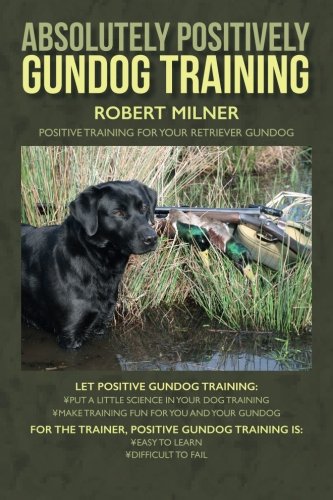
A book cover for Absolutely Positively Gundog Training: Positive Training for Your Retriever Gundog; Robert Milner; Sports & Outdoors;